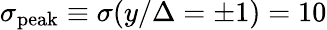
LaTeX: \sigma_{\mathrm{peak}}\equiv\sigma(y/\Delta=\pm 1)=10